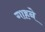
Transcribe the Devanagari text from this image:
गाहने